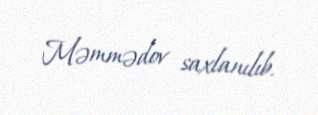
Məmmədov saxlanılıb.